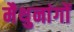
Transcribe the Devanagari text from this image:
मैथुनांगों